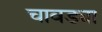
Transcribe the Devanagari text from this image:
चावड्या